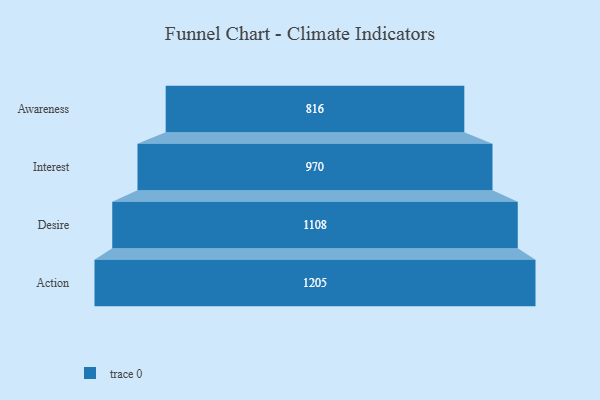
{"axis": {"x": "Stage", "y": "Value"}, "legend": [""], "data": [{"x": "Awareness", "y": 816.0, "type": ""}, {"x": "Interest", "y": 970.0, "type": ""}, {"x": "Desire", "y": 1108.0, "type": ""}, {"x": "Action", "y": 1205.0, "type": ""}]}